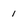
Character: 1